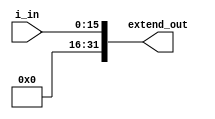
module unsignExtend #(parameter W = 16)(input [W-1:0] i_in, output reg [31:0] extend_out);

always@(*)
	begin
		extend_out[W-1:0] <= i_in[W-1:0];
			extend_out[31:W] <= {(32-W){1'b0}};
	end
endmodule